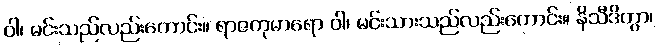
ဝါ၊ မင်းသည်လည်းကောင်း။ ရာဇကုမာရော ဝါ၊ မင်းသားသည်လည်းကောင်း။ နိသီဒိတွာ၊